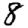
Digit: 8